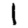
Digit: 1